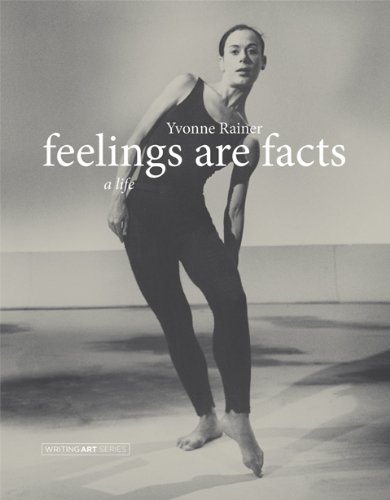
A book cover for Feelings Are Facts: A Life (Writing Art); Yvonne Rainer; Biographies & Memoirs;